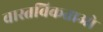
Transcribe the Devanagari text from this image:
वास्तविकताओ